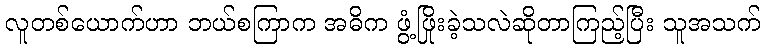
လူတစ်ယောက်ဟာ ဘယ်စကြာက အဓိက ဖွံ့ဖြိုးခဲ့သလဲဆိုတာကြည့်ပြီး သူအသက်